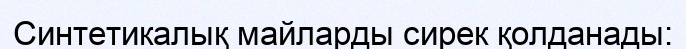
Синтетикалық майларды сирек қолданады: